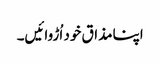
اپنامذاق خود اُڑوائیں۔